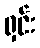
ရှင်း